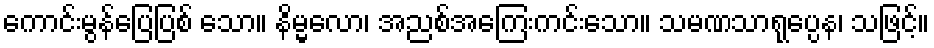
ကောင်းမွန်ပြေပြစ် သော။ နိမ္မလော၊ အညစ်အကြေးကင်းသော။ သမဏသာရုပ္ပေန၊ သဖြင့်။